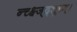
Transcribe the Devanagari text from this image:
न्च्क्ष्ज्द्शूच्ग्।